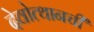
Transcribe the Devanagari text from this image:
देवोत्थानची